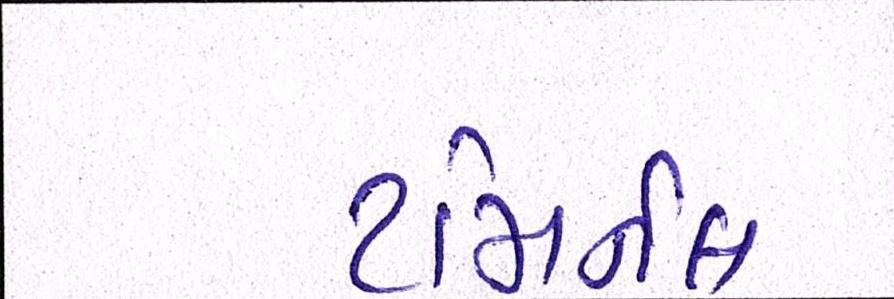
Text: ટમિર્નલ